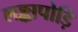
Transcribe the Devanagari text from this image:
लङ्कापोड़ि